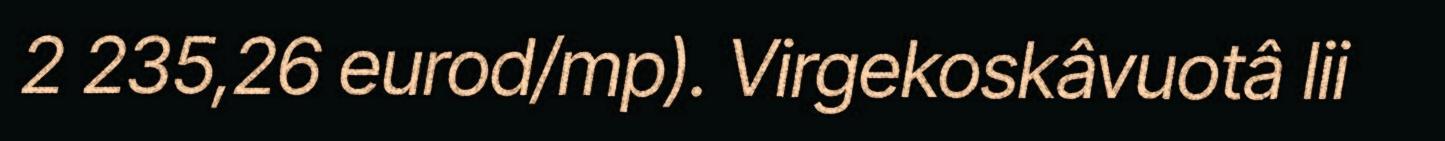
2 235,26 eurod/mp). Virgekoskâvuotâ lii